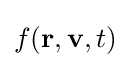
f(\mathbf {r} ,\mathbf {v} ,t)